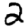
Digit: 2